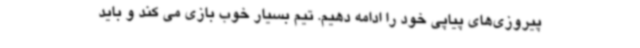
پیروزی‌های پیاپی خود را ادامه دهیم. تیم بسیار خوب بازی می کند و باید